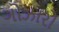
ગોઝારો